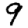
Digit: 9